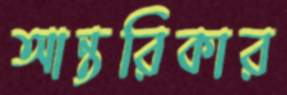
আন্তরিকার